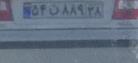
۵۴ن۸۸۹۳۸